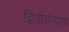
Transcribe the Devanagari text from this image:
द्वितीयोदात्त